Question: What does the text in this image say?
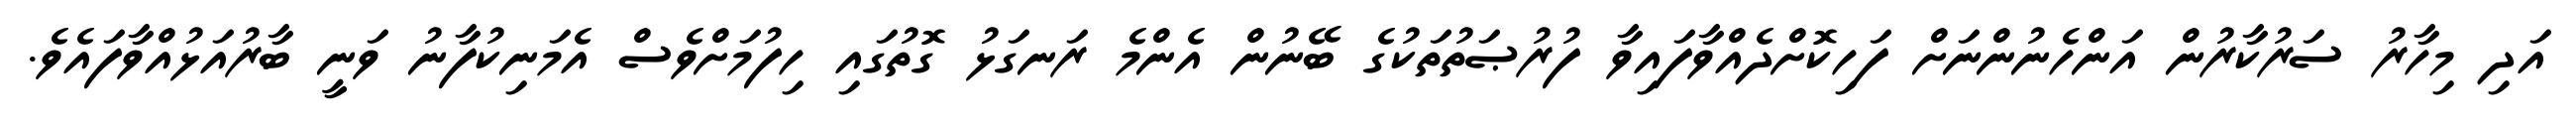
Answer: އަދި މިހާރު ސަރުކާރުން އަންހެނުންނަށް ފަހިކޮށްދެއްވާފައިވާ ފުރުޞަތުތަކުގެ ބޭނުން އެންމެ ރަނގަޅު ގޮތުގައި ހިފުމަށްވެސް އެމަނިކުފާނު ވަނީ ބާރުއަޅުއްވާފައެވެ.